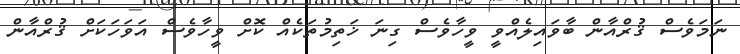
ނަމަވެސް ޤުރްއާން ބާވައިލެއްވީ ވީހާވެސް ގިނަ ޚަތިމުތަކެއް ކޮށް ވީހާވެސް އަވަހަކަށް ޤުރްއާން